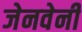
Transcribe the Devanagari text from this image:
जेनवेनी